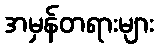
အမှန်တရားများ